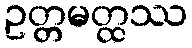
ဥတ္တမတ္ထဿ